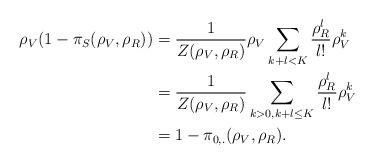
LaTeX: \begin{align*}\rho_V (1-\pi_S(\rho_V, \rho_R)) &= \frac{1}{Z(\rho_V, \rho_R)}\rho_V\sum\limits_{k+l < K} \frac{\rho_R^l}{l!}\rho_V^k \\&= \frac{1}{Z(\rho_V, \rho_R)}\sum\limits_{k>0, k+l \leq K} \frac{\rho_R^l}{l!}\rho_V^k \\&= 1-\pi_{0,.}(\rho_V, \rho_R).\end{align*}